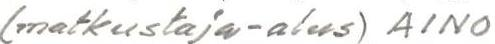
(matkustaja-alus) AINO